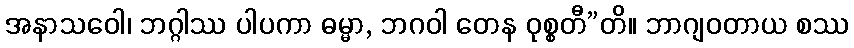
အနာသဝေါ၊ ဘဂ္ဂါဿ ပါပကာ ဓမ္မာ, ဘဂဝါ တေန ဝုစ္စတီ”တိ။ ဘာဂျဝတာယ စဿ